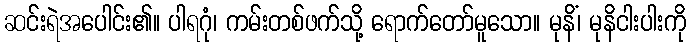
ဆင်းရဲအပေါင်း၏။ ပါရဂုံ၊ ကမ်းတစ်ဖက်သို့ ရောက်တော်မူသော။ မုနိံ၊ မုနိငါးပါးကို